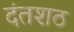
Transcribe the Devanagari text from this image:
दंतशठ